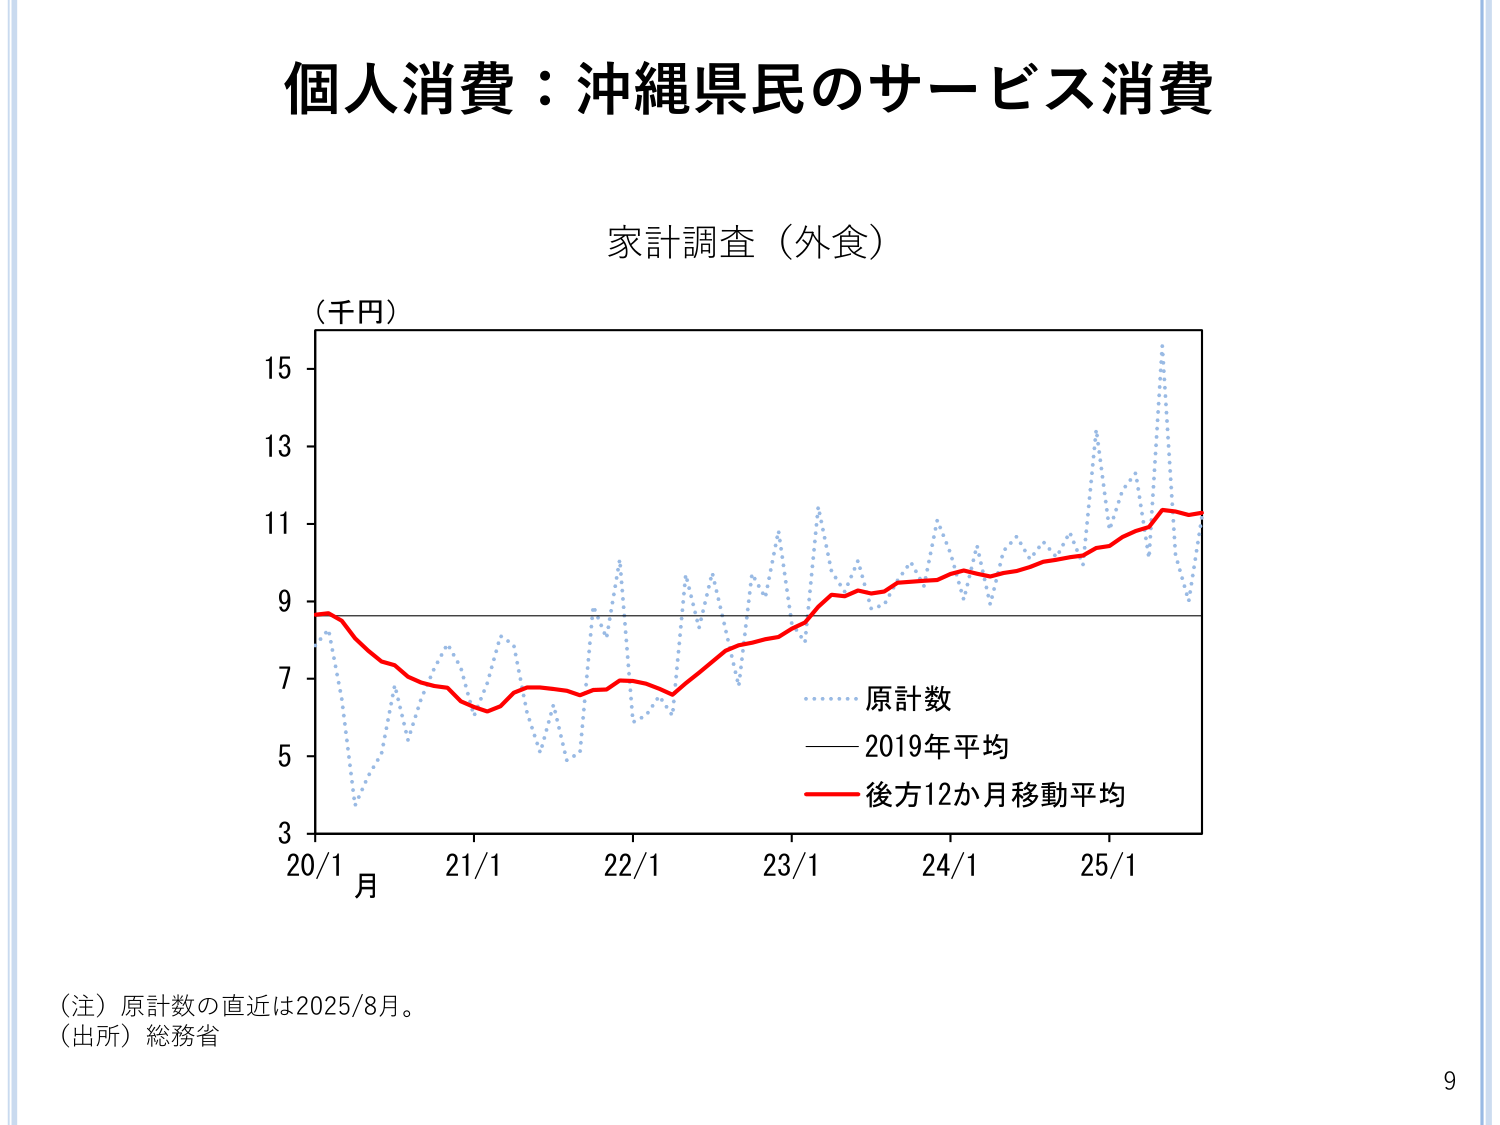
個人消費：沖縄県民のサービス消費

家計調査（外食）

（千円）

15
13
11
9
7
5
3

20/1 21/1 22/1 23/1 24/1 25/1
月

原計数
2019年平均
後方12か月移動平均

（注）原計数の直近は2025/8月。
（出所）総務省

9